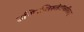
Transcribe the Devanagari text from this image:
उण्णिच्चिरुतेवीचरितम्